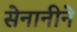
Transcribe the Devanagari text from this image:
सेनानीने